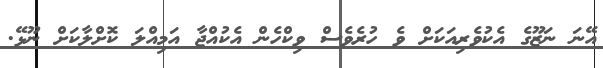
އޭނަ ނަޒޫގެ އެކުވެރިއަކަށް ވެ ހުރެވެސް ވިކްހެން އެކުއްޖާ އަމިއްލަ ކޮށްލާކަށް ނޫޅޭ.